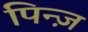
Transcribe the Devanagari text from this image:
पिन्ज़